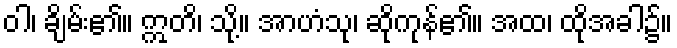
ဝါ၊ ချိမ်း၏။ ဣတိ၊ သို့။ အာဟံသု၊ ဆိုကုန်၏။ အထ၊ ထိုအခါ၌။